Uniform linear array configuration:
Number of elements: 8
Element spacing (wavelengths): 0.25
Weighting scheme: uniform
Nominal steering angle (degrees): -30
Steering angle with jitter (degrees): -28.696
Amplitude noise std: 0.05
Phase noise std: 0.05

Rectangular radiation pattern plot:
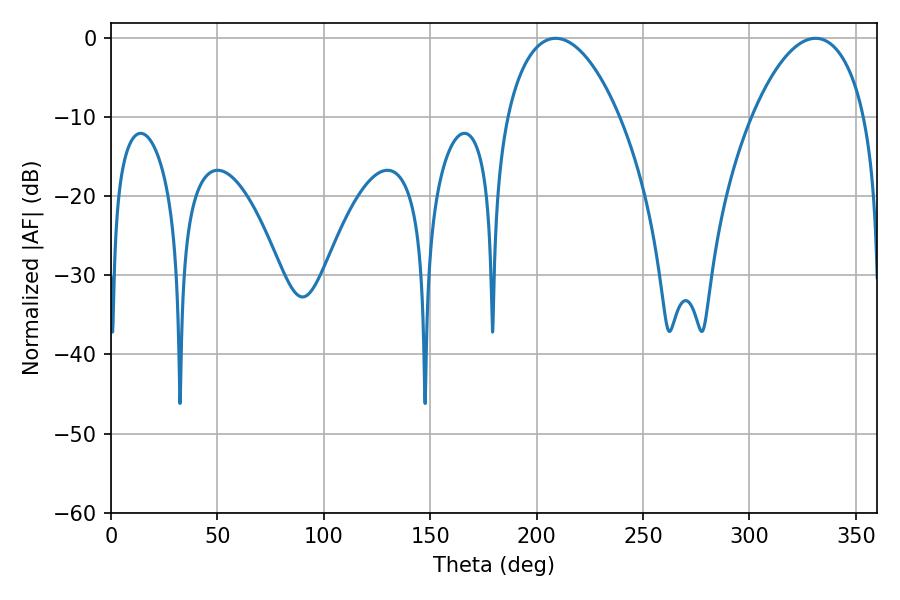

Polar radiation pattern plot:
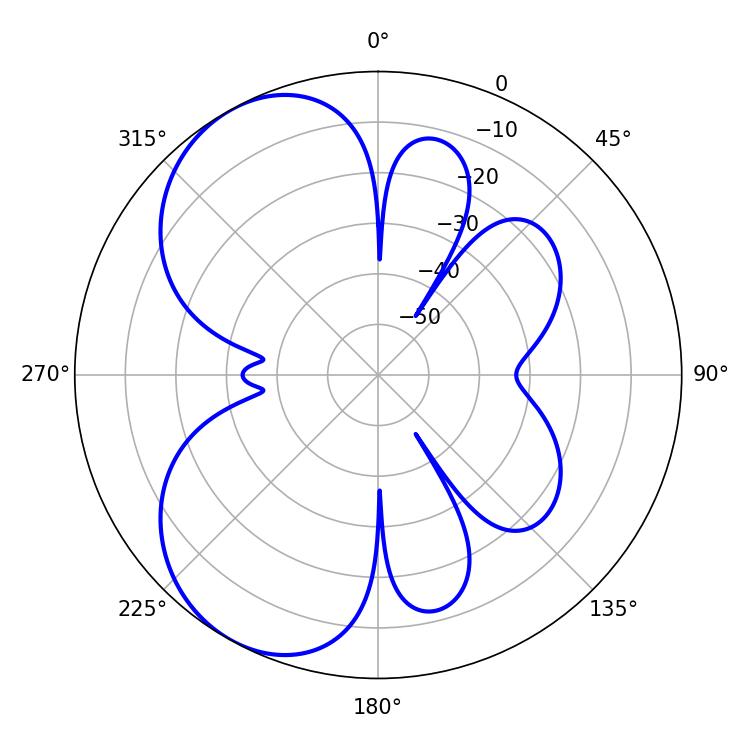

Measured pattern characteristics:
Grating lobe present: FALSE
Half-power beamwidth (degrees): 29.88
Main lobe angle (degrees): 208.98